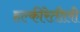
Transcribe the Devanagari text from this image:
हल्‍कीरेतीली